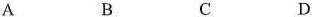
A B C D